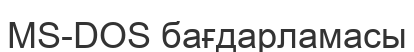
MS-DOS бағдарламасы